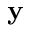
\mathbf { y }